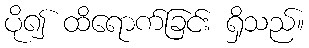
ပို၍ ထိရောက်ခြင်း ရှိသည်။